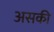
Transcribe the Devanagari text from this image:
असकी